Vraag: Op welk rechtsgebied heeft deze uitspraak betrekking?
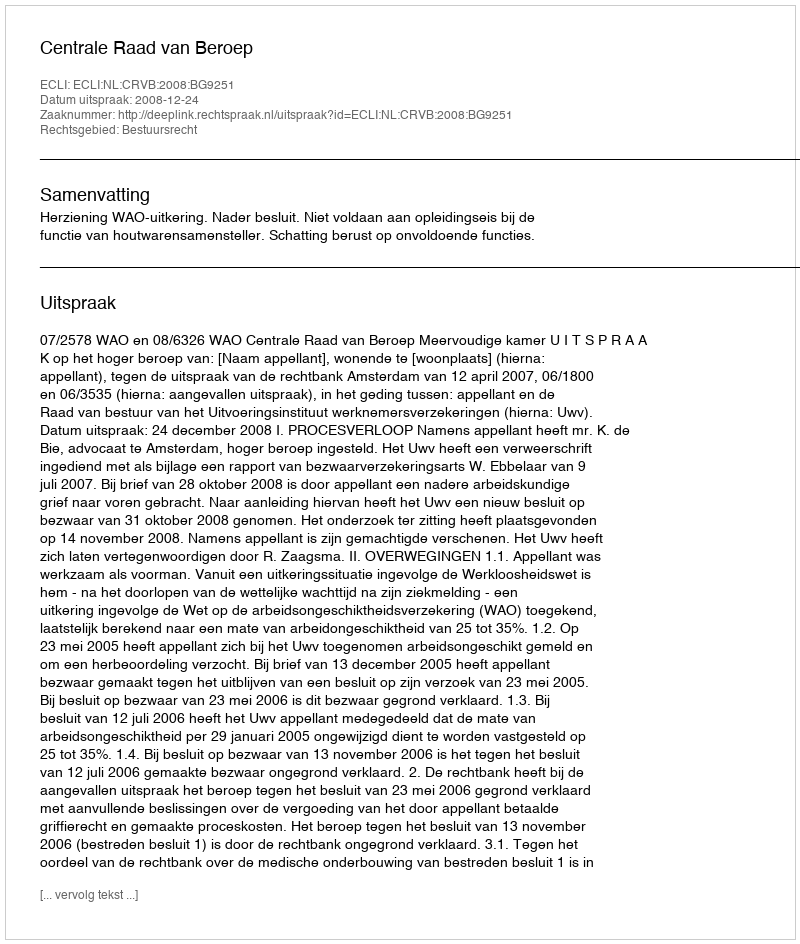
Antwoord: Bestuursrecht